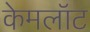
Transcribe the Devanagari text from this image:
केमलॉट